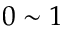
0 \sim 1